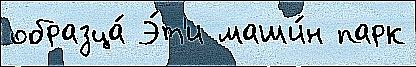
образца́ Э́т'и маши́н парк